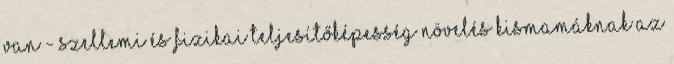
van - szellemi és fizikai teljesítőképesség növelés Kismamáknak az